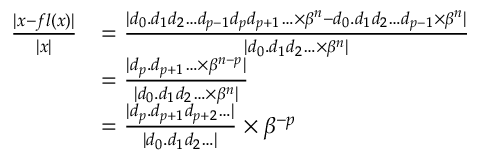
{ \begin{array} { r l } { { \frac { | x - f l ( x ) | } { | x | } } } & { = { \frac { | d _ { 0 } . d _ { 1 } d _ { 2 } \ldots d _ { p - 1 } d _ { p } d _ { p + 1 } \ldots \times \beta ^ { n } - d _ { 0 } . d _ { 1 } d _ { 2 } \ldots d _ { p - 1 } \times \beta ^ { n } | } { | d _ { 0 } . d _ { 1 } d _ { 2 } \ldots \times \beta ^ { n } | } } } \\ & { = { \frac { | d _ { p } . d _ { p + 1 } \ldots \times \beta ^ { n - p } | } { | d _ { 0 } . d _ { 1 } d _ { 2 } \ldots \times \beta ^ { n } | } } } \\ & { = { \frac { | d _ { p } . d _ { p + 1 } d _ { p + 2 } \ldots | } { | d _ { 0 } . d _ { 1 } d _ { 2 } \ldots | } } \times \beta ^ { - p } } \end{array} }